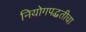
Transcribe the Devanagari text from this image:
नियोगपद्धतीचा